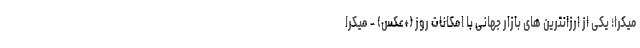
میکرا؛ یکی از ارزانترین های بازار جهانی با امکانات روز (+عکس) - میکرا